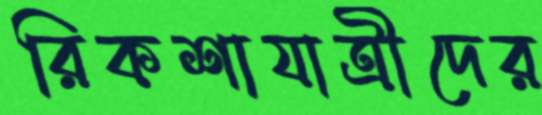
রিকশাযাত্রীদের